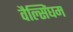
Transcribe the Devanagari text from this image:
वैल्सिंघम